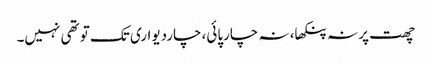
چھت پر نہ پنکھا، نہ چارپائی، چاردیواری تک تو تھی نہیں۔